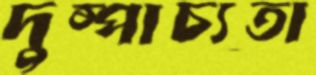
দুষ্পাচ্যতা